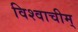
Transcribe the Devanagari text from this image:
विश्वाचीम्